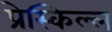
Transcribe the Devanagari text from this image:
प्रेस्किल्ल